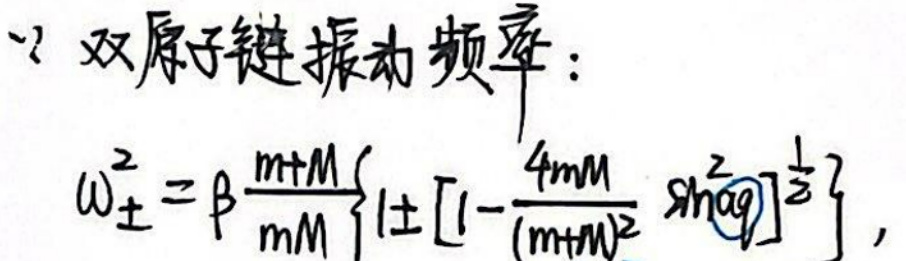
$\because$双原子链振动频率：

\(\omega^{2}=\beta\frac{m+M}{mM}\left\{\pm\left[1-\frac{4mM}{(m+M)^{2}}\sin^{2}aq\right]^{\frac{1}{2}}\right\}\)